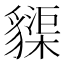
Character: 䝣